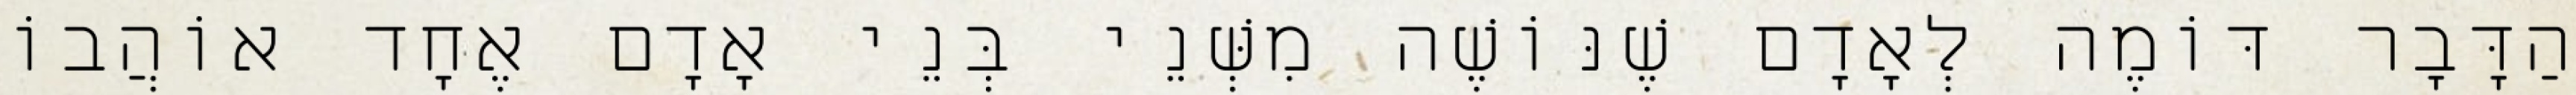
הַדָּבָר דּוֹמֶה לְאָדָם שֶׁנּוֹשֶׁה מִשְּׁנֵי בְּנֵי אָדָם אֶחָד אוֹהֲבוֹ